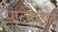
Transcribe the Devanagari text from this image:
एटेनोलोल